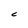
Character: c